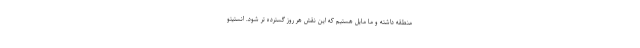
منطقه داشته و ما مایل هستیم که این نقش هر روز گسترده تر شود. انستیتو